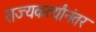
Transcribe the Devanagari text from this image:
राज्यकर्त्यांनंतर